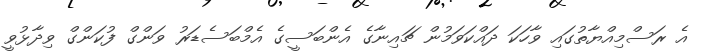
އެ ރަސްމިއްޔާތުގައި ވާހަކަ ދައްކަވަމުން ޗައިނާގެ އެންބަސީގެ އެމްބަސެޑަރު ވަންގް ފުކަންގް ވިދާޅުވީ